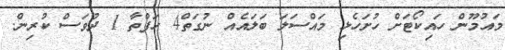
މައުމޫން ހައިކޯޓަށް ހުށަހެޅި މައްސަލަ ބަލައެއް ނުގަތް4 ހަފްތާ 1 ދުވަސް ކުރިން.